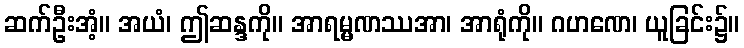
ဆက်ဦးအံ့။ အယံ၊ ဤဆန္ဒကို။ အာရမ္မဏဿအာ၊ အာရုံကို။ ဂဟဏေ၊ ယူခြင်း၌။